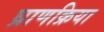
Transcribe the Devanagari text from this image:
घ्राणक्रिया